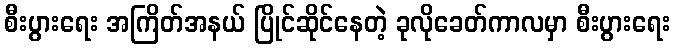
စီးပွားရေး အကြိတ်အနယ် ပြိုင်ဆိုင်နေတဲ့ ခုလိုခေတ်ကာလမှာ စီးပွားရေး